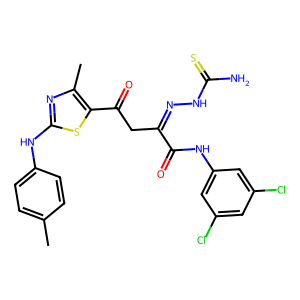
SMILES: Cc1ccc(Nc2nc(C)c(C(=O)CC(=NNC(N)=S)C(=O)Nc3cc(Cl)cc(Cl)c3)s2)cc1
Inhibits HIV replication: No